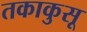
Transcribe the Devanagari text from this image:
तकाकुसू